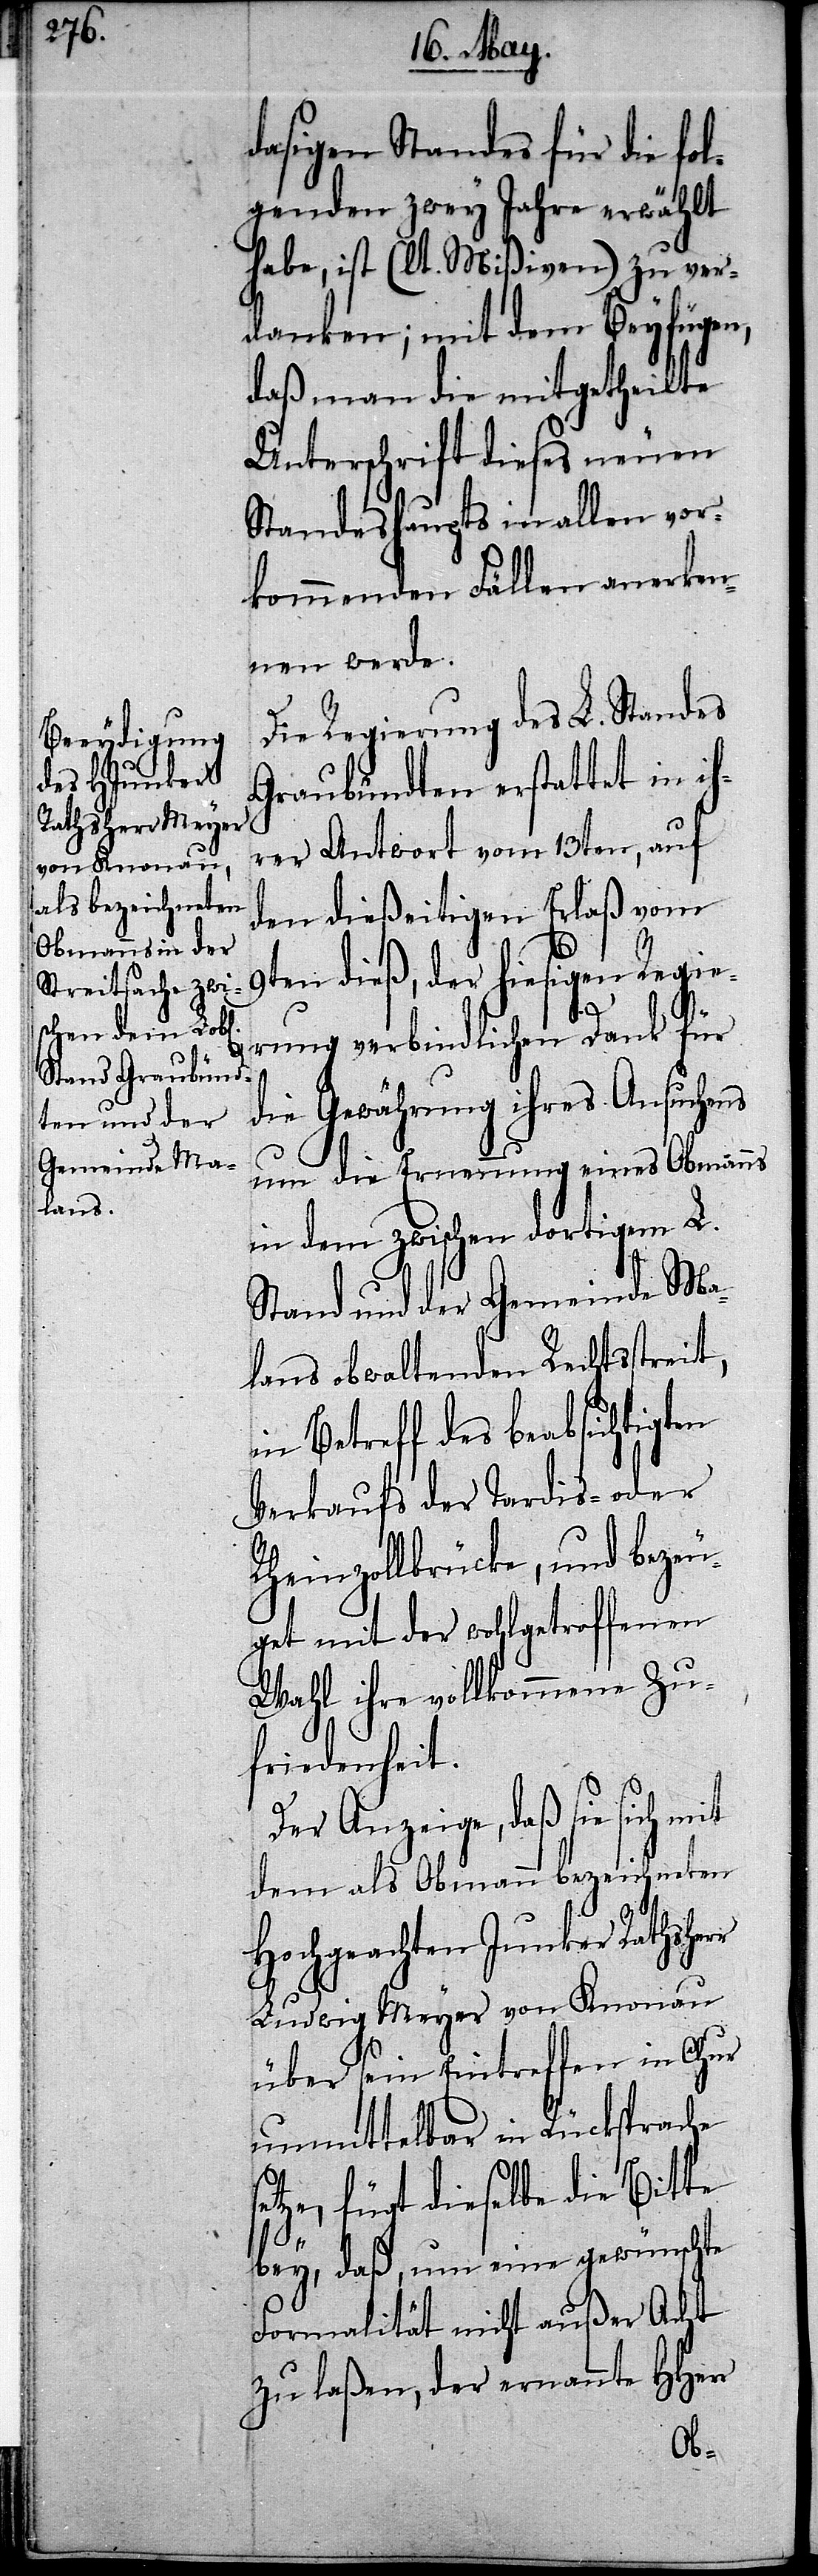
dasigen Standes für die fol¬
genden zwey Jahre erwählt
habe, ist (lt. Mißiven) zu ver¬
danken; mit dem Beyfügen,
daß man die mitgetheilte
Unterschrift dieses neuen
Standeshaupts in allen vor¬
kommenden Fällen anerken¬
nen werde.
Die Regierung des L. Standes
Graubündten erstattet in ih¬
rer Antwort vom 13ten, auf
den dießeitigen Erlaß vom
r
9ten dieß, der hiesigen Regie¬
se¬
rung verbindlichen Dank für
die Gewährung ihres Ansuchens
um die Ernennung eines Obmanns
in dem zwischen dortigem L.
Stand und der Gemeinde Ma¬
lans obwaltenden Rechtsstreit,
in Betreff des beabsichtigten
Verkaufs der Tardis- oder
Rheinzollbrücke, und bezeu¬
get mit der wohlgetroffenen
Wahl ihre vollkommene Zu¬
friedenheit.
Der Anzeige, daß sie sich
dem als Obman bezeichneten
Hochgeachten Junker Rathsher¬
Ludwig Meyer von Knonau
über sein Eintreffen in Chur
unmittelbar in Rücksprache
tze, fügt dieselbe die Bitte
bey, daß, um eine gewünschte
Formalität nicht außer Acht
zu laßen, der ernannte HHerr